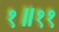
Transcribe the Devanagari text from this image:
१॥११